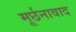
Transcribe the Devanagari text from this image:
मूर्छनावाद